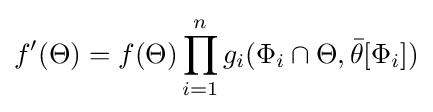
f'(\Theta )=f(\Theta )\prod _{i=1}^{n}g_{i}(\Phi _{i}\cap \Theta ,{\bar {\theta }}[\Phi _{i}])